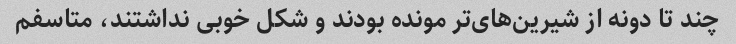
چند تا دونه از شیرین‌های‌تر مونده بودند و شکل خوبی نداشتند، متاسفم